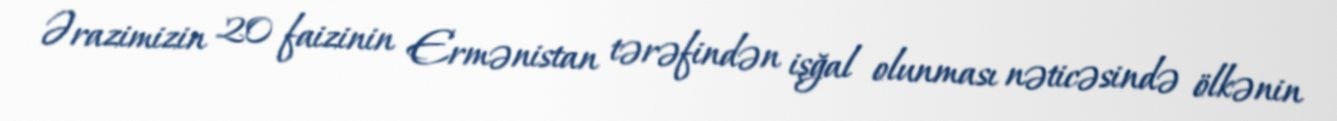
Ərazimizin 20 faizinin Ermənistan tərəfindən işğal olunması nəticəsində ölkənin